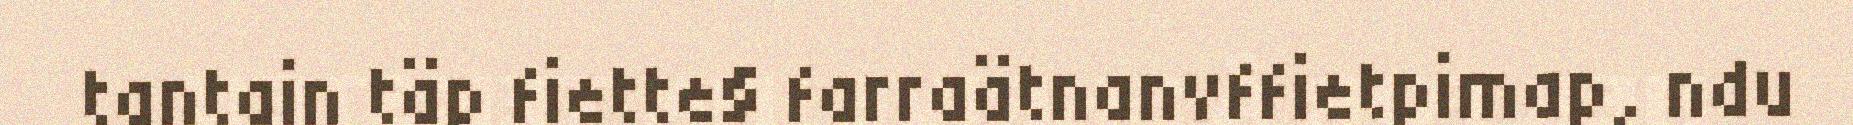
tantain täp fiette§ farraätnanvffietpimap, ndu